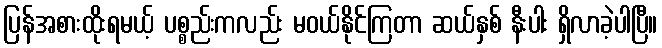
ပြန်အစားထိုးရမယ့် ပစ္စည်းကလည်း မဝယ်နိုင်ကြတာ ဆယ်နှစ် နီးပါး ရှိလာခဲ့ပါပြီ။